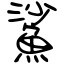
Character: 鯊